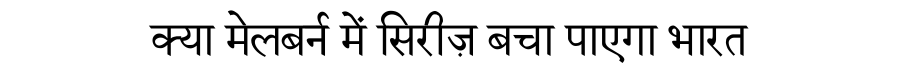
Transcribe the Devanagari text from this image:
क्या मेलबर्न में सिरीज़ बचा पाएगा भारत